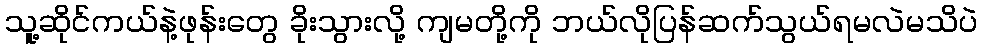
သူ့ဆိုင်ကယ်နဲ့ဖုန်းတွေ ခိုးသွားလို့ ကျမတို့ကို ဘယ်လိုပြန်ဆက်သွယ်ရမလဲမသိပဲ